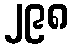
၂၉၈